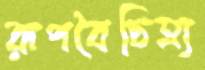
রূপবৈচিত্র্য